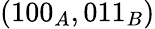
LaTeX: (100_{A},011_{B})